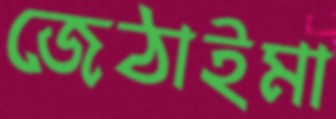
জেঠাইমা